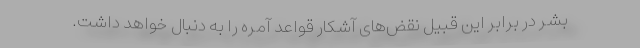
بشر در برابر این قبیل نقض‌های آشکار قواعد آمره را به دنبال خواهد داشت.